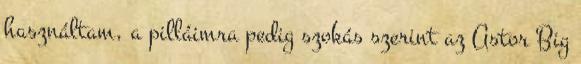
használtam, a pilláimra pedig szokás szerint az Astor Big